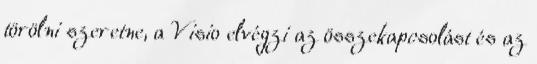
törölni szeretne, a Visio elvégzi az összekapcsolást és az